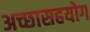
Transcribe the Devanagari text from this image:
अच्छासहयोग